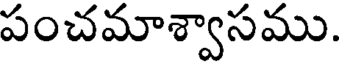
పంచమాశ్వాసము.